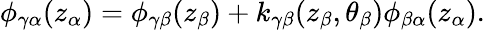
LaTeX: \phi_{\gamma\alpha}(z_{\alpha})=\phi_{\gamma\beta}(z_{\beta})+k_{\gamma\beta}(z_{\beta},\theta_{\beta})\phi_{\beta\alpha}(z_{\alpha}).